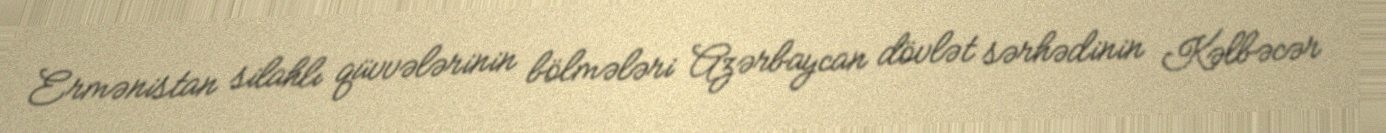
Ermənistan silahlı qüvvələrinin bölmələri Azərbaycan dövlət sərhədinin Kəlbəcər